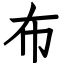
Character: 布